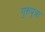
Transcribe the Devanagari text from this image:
गुरुपुत्रा